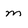
Character: m